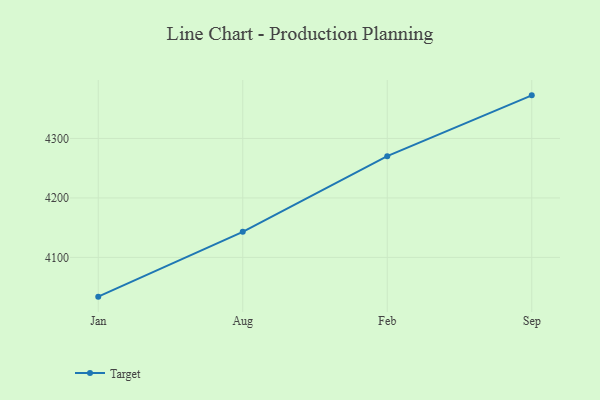
{"axis": {"x": "Month", "y": "Population (Million)"}, "legend": ["Target"], "data": [{"x": "Jan", "y": 4034.0, "type": "Target"}, {"x": "Aug", "y": 4143.0, "type": "Target"}, {"x": "Feb", "y": 4270.3, "type": "Target"}, {"x": "Sep", "y": 4372.5, "type": "Target"}]}